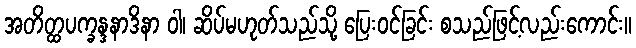
အတိတ္ထပက္ခန္ဒနာဒိနာ ဝါ၊ ဆိပ်မဟုတ်သည်သို့ ပြေးဝင်ခြင်း စသည်ဖြင့်လည်းကောင်း။